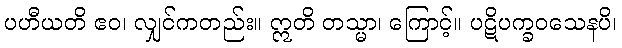
ပဟီယတိ ဧဝ၊ လျှင်ကတည်း။ ဣတိ တသ္မာ၊ ကြောင့်။ ပဋိပက္ခဝသေနပိ၊